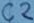
Text: C2